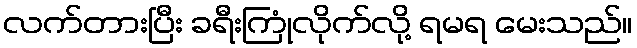
လက်တားပြီး ခရီးကြုံလိုက်လို့ ရမရ မေးသည်။